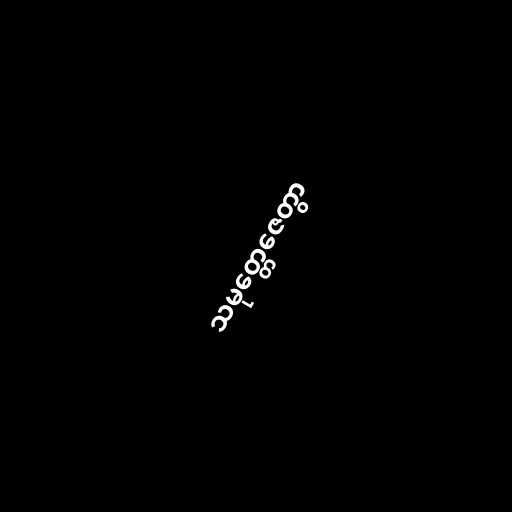
သမုတ္တေဇေတွာ